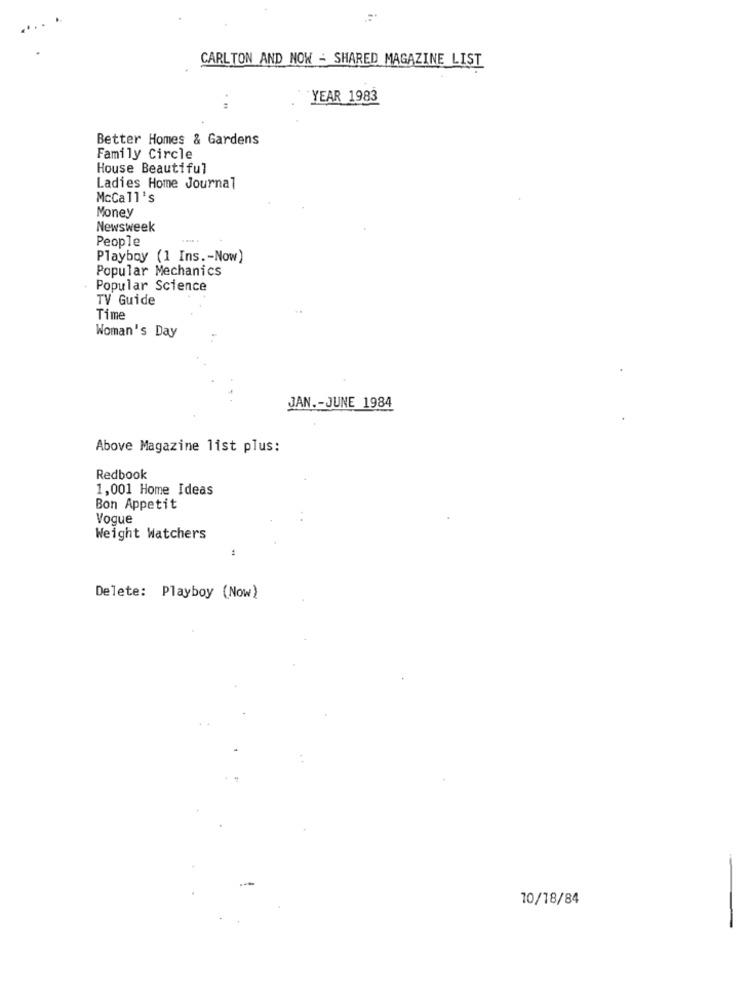
CARLTON AND NOW - SHARED MAGAZINE LIST
YEAR 1983
Better Homes & Gardens
Family Circle
House Beautiful
Ladies Home Journal
McCall's
Money
Newsweek
People
Playboy (1 Ins .- Now)
Popular Mechanics
Popular Science
TV Guide
Time
Woman's Day
JAN .- JUNE 1984
Above Magazine list plus:
Redbook
1,001 Home Ideas
Bon Appetit
Voque
Weight Watchers
Delete: Playboy (Now)
10/18/84
-